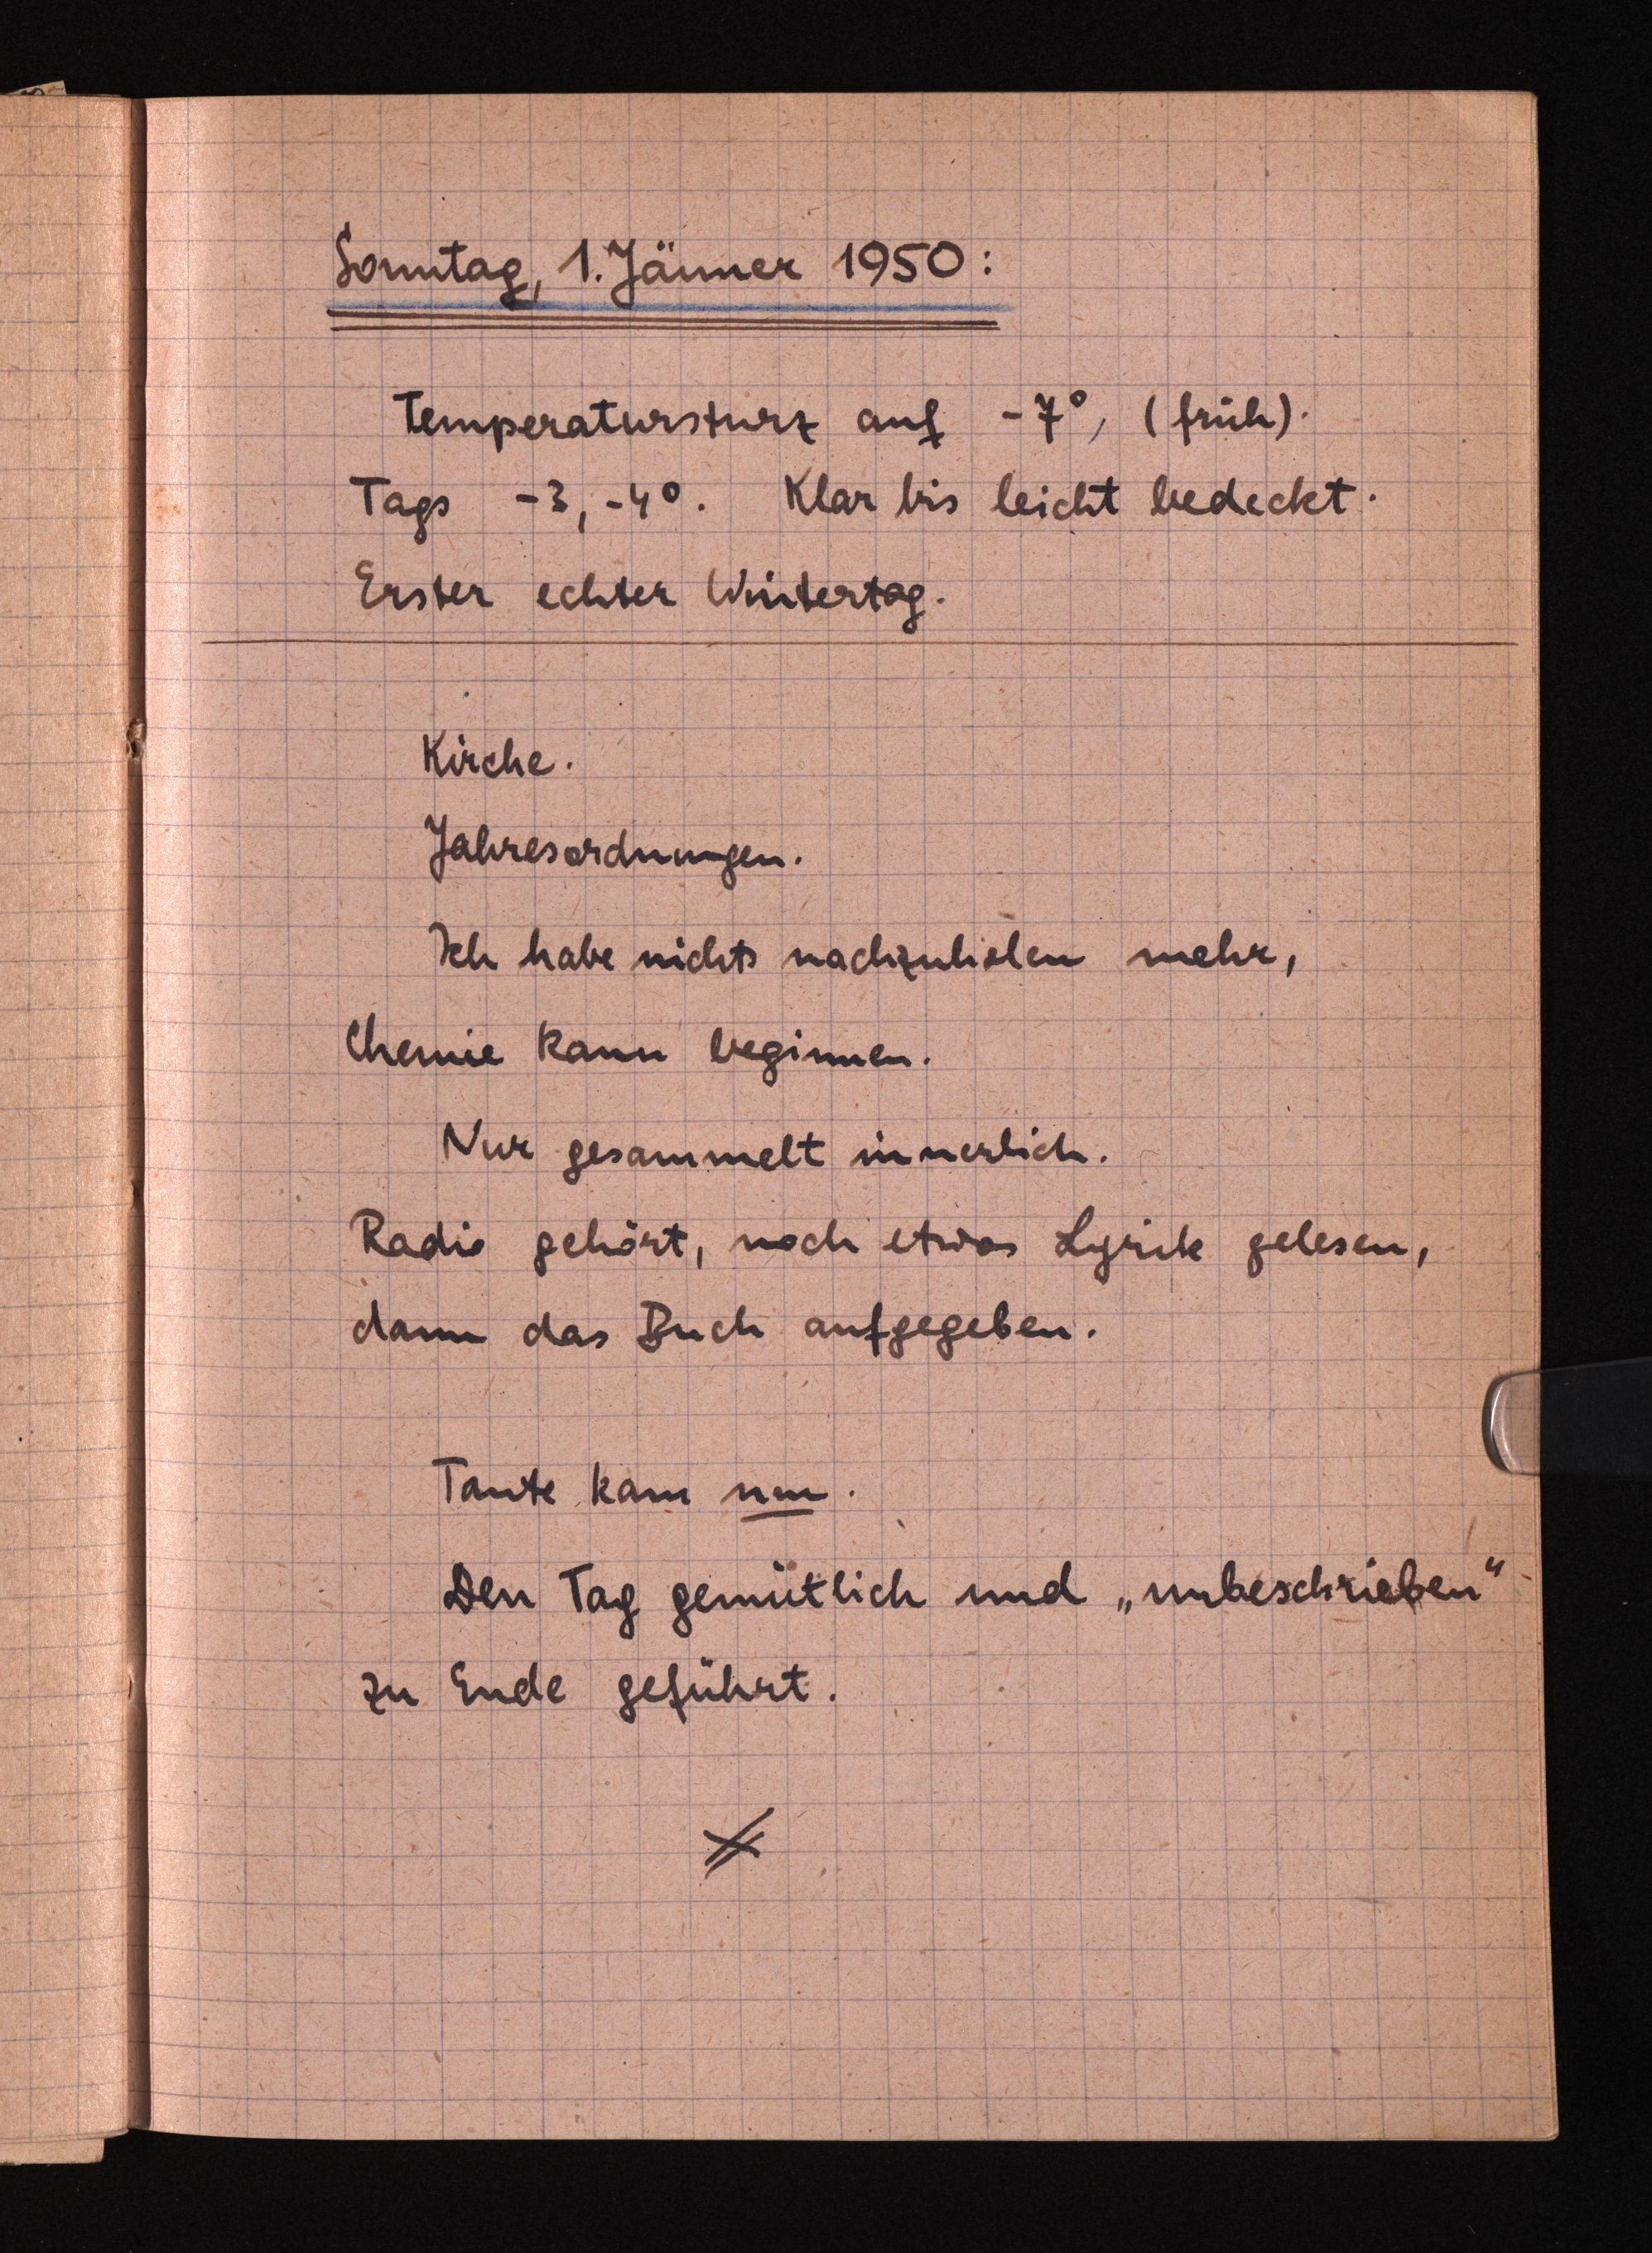
Sonntag, 1. Jänner 1950:
Temperatursturz auf -7°, (früh)
Tags -3, -4°. Klar bis leicht bedeckt.
Erster echter Wintertag.
Kirche.
Jahresordnungen.
Ich habe nichts nachzuholen mehr,
Chemie kann beginnen.
Nur gesammelt innerlich.
Radio gehört, noch etwas Lyrik gelesen,
danndas Buch aufgegeben.
Tante kam nm.
Den Tag gemülich und "unbeschrieben"
zu Ende geführt.